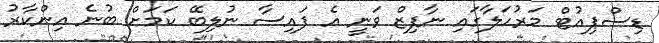
ޑިސްޕިއުޓް މަރުހަލާގައި ނާފިޒް ވަނީ އެ ފައިސާ ނުލިބޭ ކަމަށް ބުނެ އިންކާރު